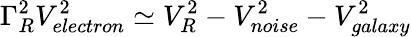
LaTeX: {\Gamma_{R}^{2}}{V_{electron}^{2}}\simeq{V_{R}^{2}}-{V_{noise}^{2}}-{V_{galaxy}^{2}}